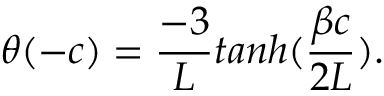
\theta ( - c ) = { \frac { - 3 } { L } } t a n h ( { \frac { \beta c } { 2 L } } ) .